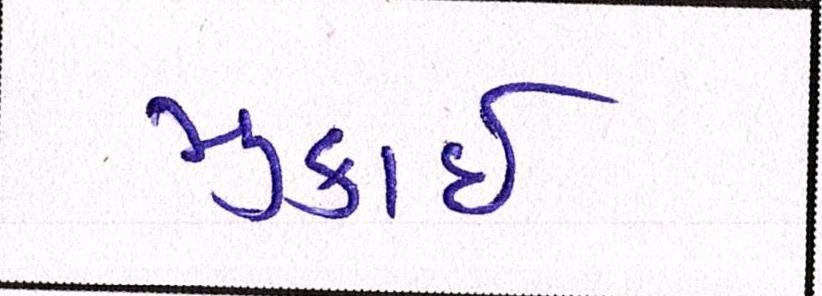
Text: મુકાઈ